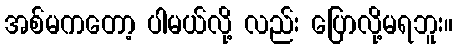
အစ်မကတော့ ပါမယ်လို့ လည်း ပြောလို့မရဘူး။